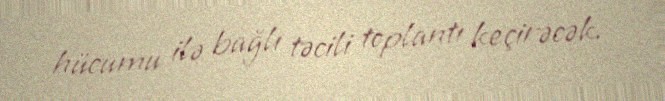
hücumu ilə bağlı təcili toplantı keçirəcək.